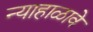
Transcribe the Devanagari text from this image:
न्याहाळावे